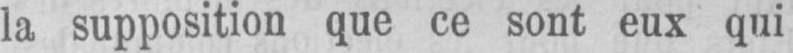
la supposition que ce sont eux qui